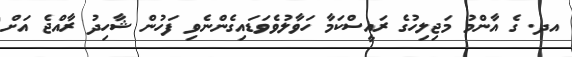
އދ. ގެ އާންމު މަޖިލިހުގެ ރައީސްކަމާ ހަވާލުވެވަޑައިގެންނެވި ފަހުން ޝާހިދު ރާއްޖެ އަށް